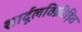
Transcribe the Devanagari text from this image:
शार्दूलविक्रीड़ित